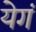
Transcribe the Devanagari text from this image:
येगं